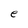
Character: e